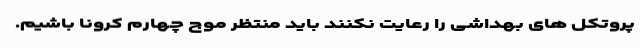
پروتکل های بهداشی را رعایت نکنند باید منتظر موج چهارم کرونا باشیم.